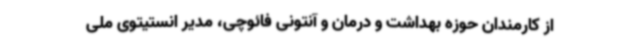
از کارمندان حوزه بهداشت و درمان و آنتونی فائوچی، مدیر انستیتوی ملی